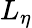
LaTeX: L_{\eta}